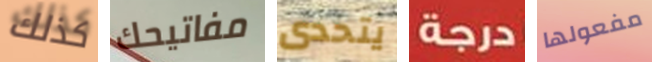
كذلك مفاتيحك يتحدى درجة مفعولها